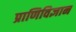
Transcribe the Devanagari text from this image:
प्राणिविज्ञान